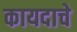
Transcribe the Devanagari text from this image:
कायदाचे